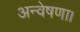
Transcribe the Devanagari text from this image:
अन्वेषणा।